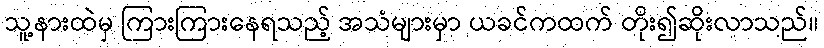
သူ့နားထဲမှ ကြားကြားနေရသည့် အသံများမှာ ယခင်ကထက် တိုး၍ဆိုးလာသည်။